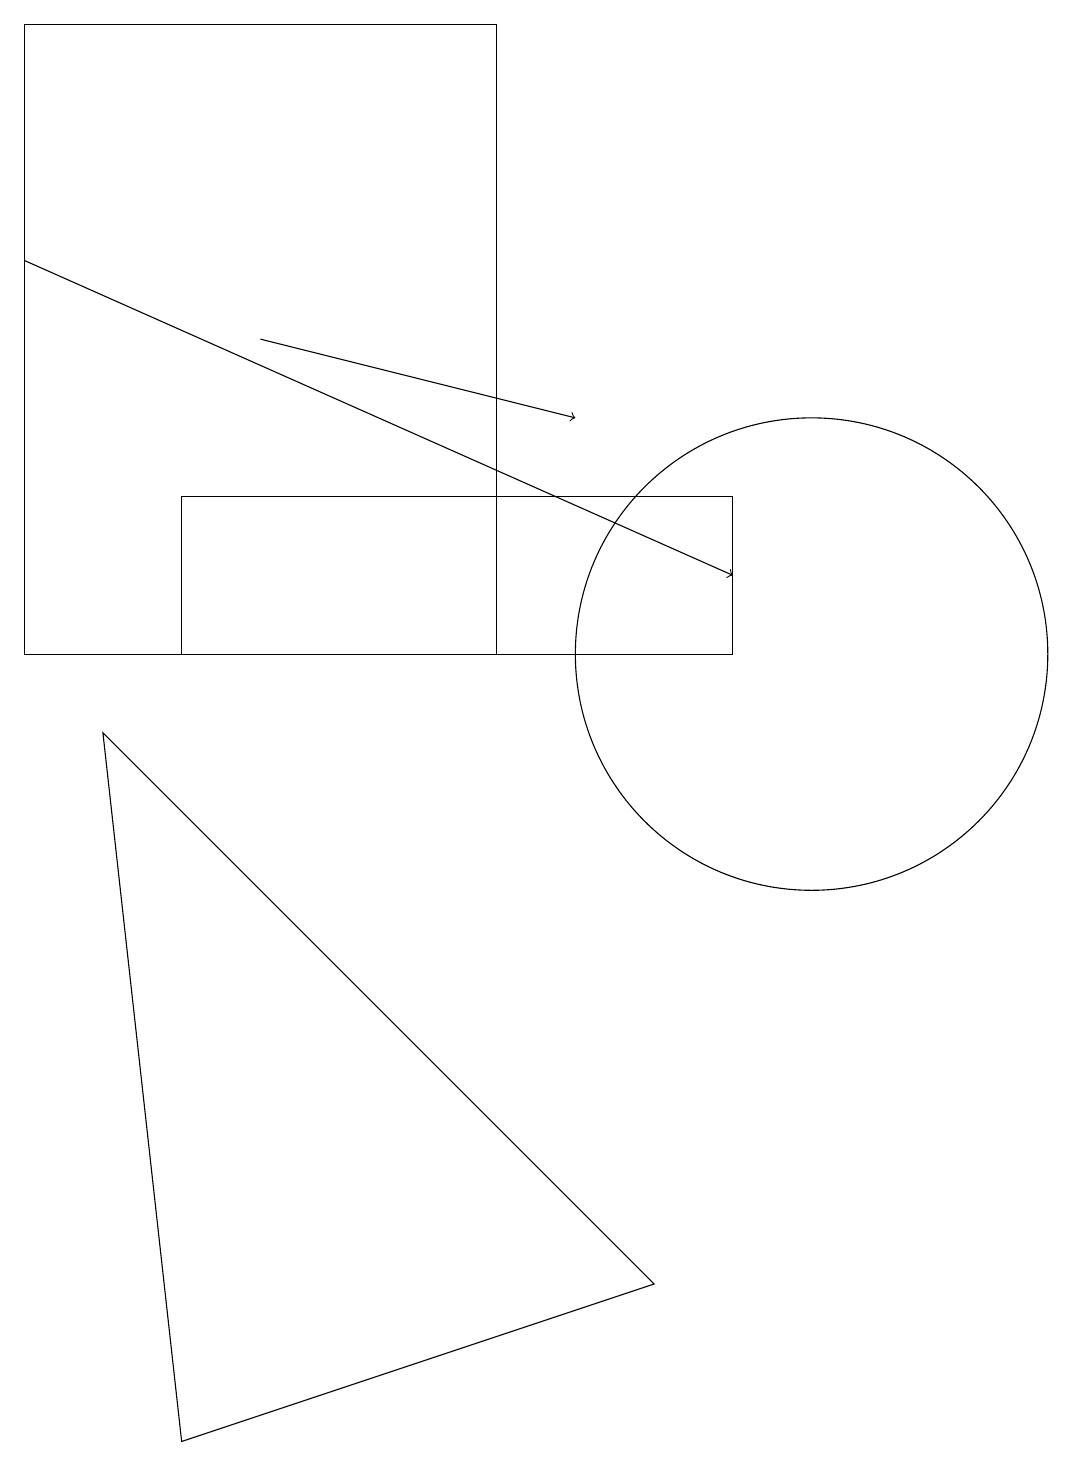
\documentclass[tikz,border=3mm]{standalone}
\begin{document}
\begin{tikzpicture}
\draw (10,10) circle (3);
\draw (2,0) -- (8,2) -- (1,9) -- cycle;
\draw[->] (3,14) -- (7,13);
\draw (2,10) rectangle (9,12);
\draw (0,10) rectangle (6,18);
\draw[->] (0,15) -- (9,11);
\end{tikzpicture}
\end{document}